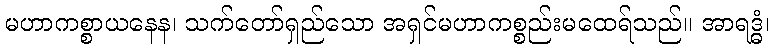
မဟာကစ္စာယနေန၊ သက်တော်ရှည်သော အရှင်မဟာကစ္စည်းမထေရ်သည်။ အာရဒ္ဓံ၊